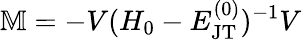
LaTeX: \mathbb{M}=-V(H_{0}-E_{\mathrm{JT}}^{(0)})^{-1}V